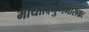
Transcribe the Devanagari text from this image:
मायादिगुणभासकः